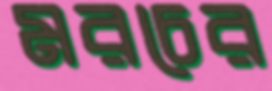
মরচের